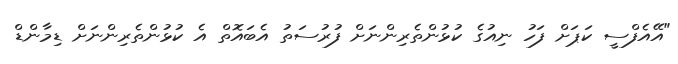
"އޭއެފްސީ ކަޕަށް ފަހު ނިއުގެ ކުޅުންތެރިންނަށް ފުރުސަތު އެބައޮތް އެ ކުޅުންތެރިންނަށް ޑިމާންޑް